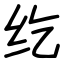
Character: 纥